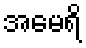
အမေရိ